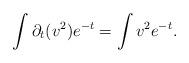
LaTeX: \begin{align*}\int \partial_t (v^2) e^{-t} =\int v^2 e^{-t}.\end{align*}